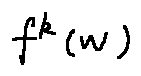
f ^ { k } ( w )